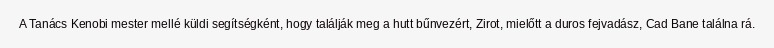
A Tanács Kenobi mester mellé küldi segítségként, hogy találják meg a hutt bűnvezért, Zirot, mielőtt a duros fejvadász, Cad Bane találna rá.